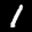
Label: 1